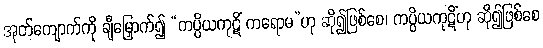
အုတ်ကျောက်ကို ချီမြှောက်၍ “ကပ္ပိယကုဋိံ ကရောမ”ဟု ဆို၍ဖြစ်စေ၊ ကပ္ပိယကုဋိံဟု ဆို၍ဖြစ်စေ